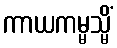
ကာယကမ္မသ္မိံ